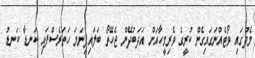
މެދުގައި ވޯޓެއްނަގައިގެން ކުރީގެ ވެރިމީހާއަށް އަދަބުދޭން ޖެހޭތޯ ބަލައިފިނަމަ ހަތަރެސްފައި ކަނޑާ ކަނޑު